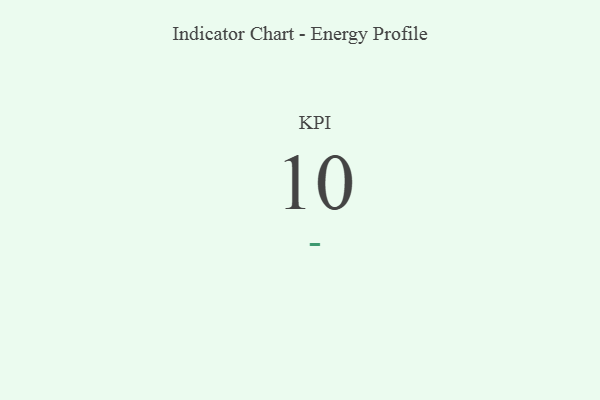
{"axis": {"x": "KPI", "y": "Value"}, "legend": [""], "data": [{"x": "KPI", "y": 10, "type": ""}]}